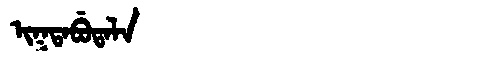
Manchu: ᡳᡴᡨᠠᠪᡠᡨᠠᠯᠠ
Romanization: IKTABUTALA